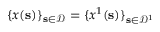
\{ \boldsymbol { x } ( \mathbf { s } ) \} _ { \mathbf { s } \in \mathcal { D } } = \{ \boldsymbol { x } ^ { 1 } ( \mathbf { s } ) \} _ { \mathbf { s } \in \mathcal { D } ^ { 1 } }